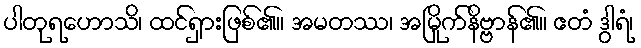
ပါတုရဟောသိ၊ ထင်ရှားဖြစ်၏။ အမတဿ၊ အမြိုက်နိဗ္ဗာန်၏။ ဧတံ ဒွါရံ၊